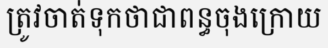
ត្រូវចាត់ទុកថាជាពន្ធចុងក្រោយ